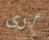
أرى